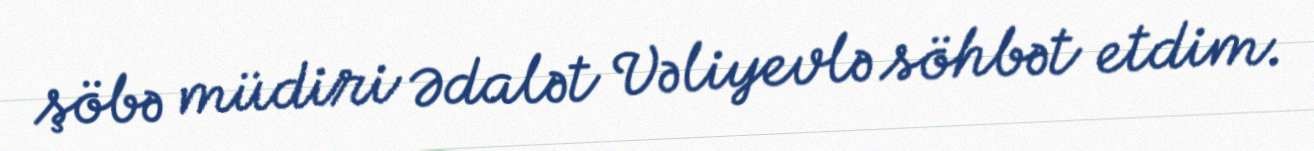
şöbə müdiri Ədalət Vəliyevlə söhbət etdim.